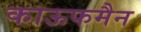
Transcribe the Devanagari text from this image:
काऊफमैन